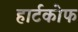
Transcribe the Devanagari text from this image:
हार्टकोफ